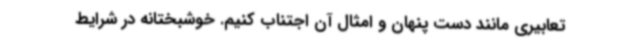
تعابیری مانند دست پنهان و امثال آن اجتناب کنیم. خوشبختانه در شرایط